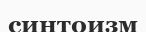
синтоизм